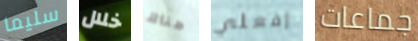
سليما خلال هناك إفعلي جماعات